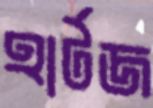
হার্টজ